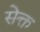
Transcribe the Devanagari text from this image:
सेक्त